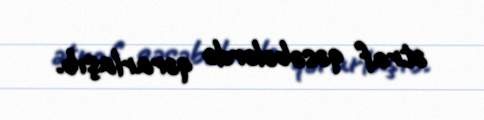
ətraf qəsəbələrdə qərarlaşıb.